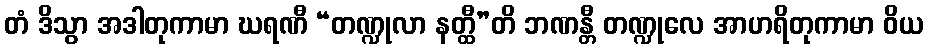
တံ ဒိသွာ အဒါတုကာမာ ဃရဏီ “တဏ္ဍုလာ နတ္ထီ”တိ ဘဏန္တီ တဏ္ဍုလေ အာဟရိတုကာမာ ဝိယ